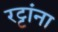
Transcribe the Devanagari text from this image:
रट्टांना